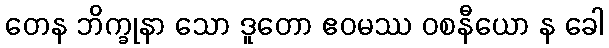
တေန ဘိက္ခုနာ သော ဒူတော ဧဝမဿ ဝစနီယော န ခေါ